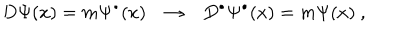
D \Psi ( x ) = m \Psi ^ { \bullet } ( x ) \rightarrow D ^ { \bullet } \Psi ^ { \bullet } ( x ) = m \Psi ( x ) ~ ,